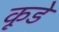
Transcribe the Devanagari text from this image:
कूडे